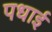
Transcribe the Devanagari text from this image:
पधाई